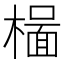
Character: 𬄥